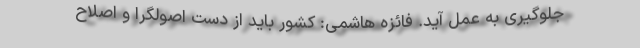
جلوگیری به عمل آید. فائزه هاشمی: کشور باید از دست اصولگرا و اصلاح